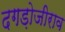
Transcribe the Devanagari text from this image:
दगड़ोजीराव